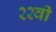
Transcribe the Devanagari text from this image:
२२वी